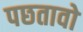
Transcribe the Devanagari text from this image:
पछतावो